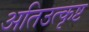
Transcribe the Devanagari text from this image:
अतिउत्कृष्ट